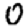
Digit: 0